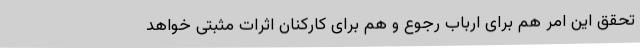
تحقق این امر هم برای ارباب رجوع و هم برای کارکنان اثرات مثبتی خواهد